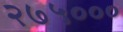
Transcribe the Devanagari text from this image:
२७५०००